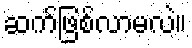
ဆက်ဖြစ်လာမလဲ။